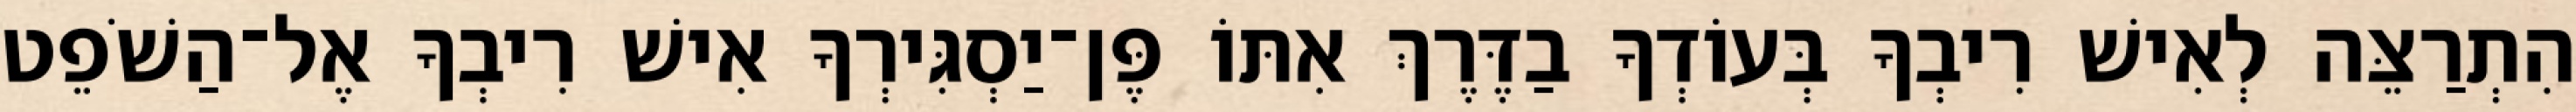
הִתְרַצֵּה לְאִישׁ רִיבְךָ בְּעוֹדְךָ בַדֶּרֶךְ אִתּוֹ פֶּן־יַסְגִּירְךָ אִישׁ רִיבְךָ אֶל־הַשֹׁפֵט